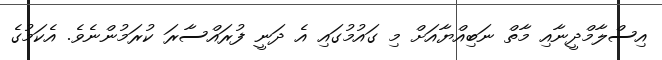
އިސްލާމްދީނާއި މާތް ނަބިއްޔާއަށް މި ގައުމުގައި އެ ދަނީ ފުރައްސާރަ ކުރަމުންނެވެ. އެކަމުގެ